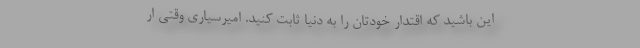
این باشید که اقتدار خودتان را به دنیا ثابت کنید. امیرسیاری وقتی ار